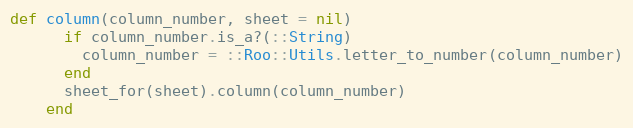
Language: Ruby
def column(column_number, sheet = nil)
      if column_number.is_a?(::String)
        column_number = ::Roo::Utils.letter_to_number(column_number)
      end
      sheet_for(sheet).column(column_number)
    end